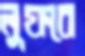
লুফবে